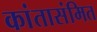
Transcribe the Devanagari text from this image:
कांतासंमित